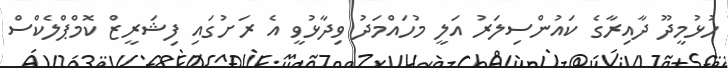
ހުޅުމީދޫ ދާއިރާގެ ކައުންސިލަރު އަލީ މުހައްމަދު ވިދާޅުވީ އެ ރަށުގައި ފިޝަރީޒް ކޮމްޕްލެކްސް